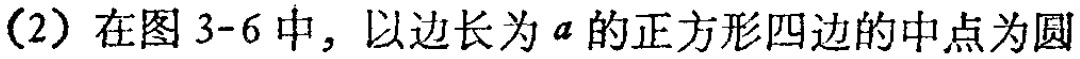
(2) 在图 3-6 中, 以边长为 \(a\) 的正方形四边的中点为圆